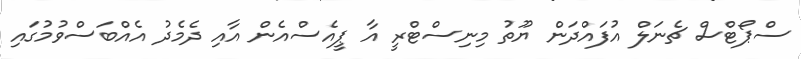
ސްޕޯޓްސް ޗެނަލް އުފައްދަން ޔޫތު މިނިސްޓްރީ އާ ޕީއެސްއެން އާއި ދެމެދު އެއްބަސްވުމުގައި